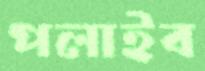
পলাইব